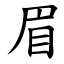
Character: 眉